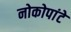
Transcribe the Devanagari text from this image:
नोकोपांटे